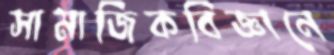
সামাজিকবিজ্ঞানে